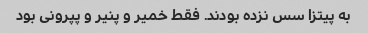
به پیتزا سس نزده بودند. فقط خمیر و پنیر و پپرونی بود